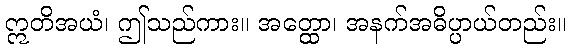
ဣတိအယံ၊ ဤသည်ကား။ အတ္ထော၊ အနက်အဓိပ္ပာယ်တည်း။